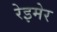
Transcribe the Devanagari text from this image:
रेइमेर